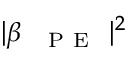
| \beta _ { \mathrm { ~ \textsc ~ { ~ P ~ E ~ } ~ } } | ^ { 2 }